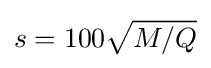
s=100{\sqrt {M/Q}}